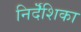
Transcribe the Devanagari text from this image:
निर्दॆशिका